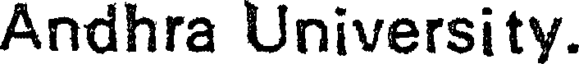
Andhra University.